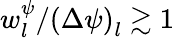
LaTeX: w_{l}^{\psi}/\left(\Delta\psi\right)_{l}\gtrsim 1